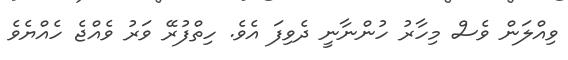
ވިއްލަން ވެސް މިހާރު ހުންނާނީ ދެވިފަ އެވެ. ހިތްފުރޭ ވަރު ވެއްޖެ ހެއްޔެވެ